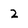
Character: 2